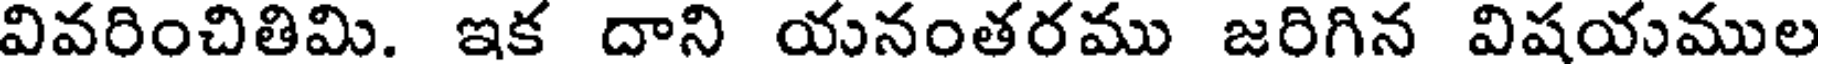
వివరించితిమి. ఇక దాని యనంతరము జరిగిన విషయముల